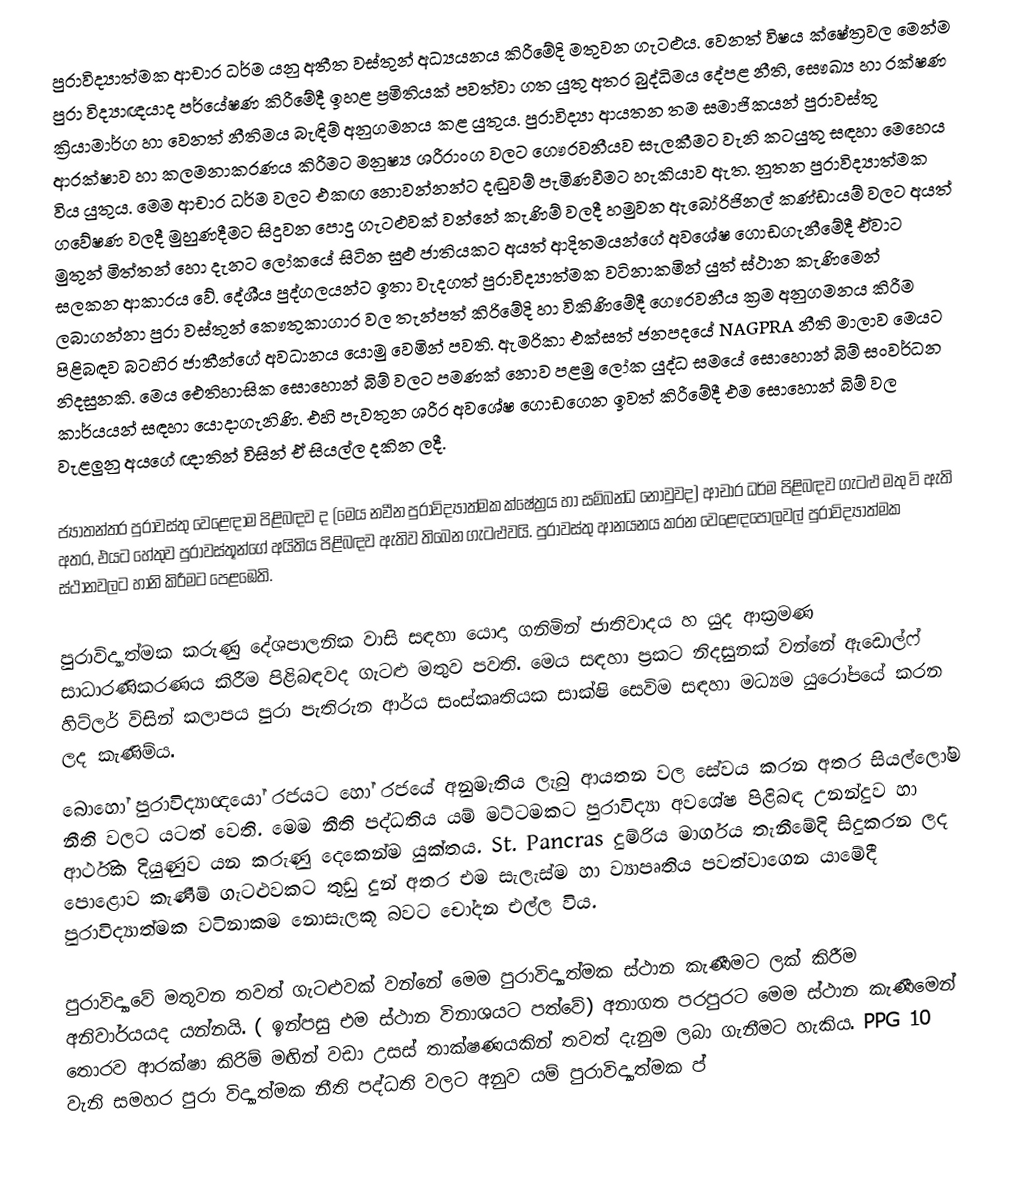
පුරාවිද්‍යාත්මක ආචාර ධර්ම යනු අතීත වස්තුන් අධ්‍යයනය කිරීමේදි මතුවන ගැටළුය. වෙනත් විෂය ක්ෂේත්‍රවල මෙන්ම පුරා විද්‍යාඥයාද පර්යේෂණ කිරීමේදී ඉහළ ප්‍රමිතියක් පවත්වා ගත යුතු අතර බුද්ධිමය දේපළ නීති, සෞඛ්‍ය හා රක්ෂණ ක්‍රියාමාර්ග හා වෙනත් නීතිමය බැඳිම් අනුගමනය කළ යුතුය. පුරාවිද්‍යා ආයතන තම සමාජිකයන් පුරාවස්තු ආරක්ෂාව හා කලමනාකරණය කිරීමට මනුෂ්‍ය ශරීරාංග වලට  ගෞරවනීයව සැලකීමට වැනි කටයුතු සඳහා මෙහෙය විය යුතුය. මෙම ආචාර ධර්ම වලට ‍එකඟ නොවන්නන්ට දඬුවම් පැමිණවීමට හැකියාව ඇත. නුතන පුරාවිද්‍යාත්මක ගවේෂණ වලදී මුහුණදීමට සිදුවන පොදු ගැටළුවක් වන්නේ කැණිම් වලදී හමුවන ඇබෝරිජිනල් කණ්ඩායම් වලට අයත් මුතුන් මිත්තන් හො දැනට ලෝකයේ සිටින සුළු ජාතියකට අයත් ආදිතමයන්ගේ අවශේෂ ගොඩගැනීමේදී ඒවාට සලකන ආකාරය වේ. දේශීය පුද්ගලයන්ට ඉතා වැදගත් පුරාවිද්‍යාත්මක වටිනාකමින් යුත් ස්ථාන කැණිමෙන් ලබාගන්නා පුරා වස්තුන් කෞතුකාගාර වල තැන්පත් කිරිමේදි හා විකිණිමේදී ගෞරවනීය ක්‍රම අනුගමනය කිරීම පිළිබඳව බටහිර ජාතීන්ගේ අවධානය යොමු වෙමින් පවති. ඇමරිකා එක්සත් ජනපදයේ NAGPRA නීති මාලාව මෙයට නිදසුනකි. මෙය ඓතිහාසික සොහොන් බිම් වලට පමණක් නොව පළමු ලෝක යුද්ධ සමයේ සොහොන් බිම් සංවර්ධන කාර්යයන් සඳහා යොදාගැනිණි. එහි පැවතුන ශරීර අවශේෂ ගොඩගෙන ඉවත් කිරීමේදී එම සොහොන් බිම් වල වැළලුනු අයගේ ඥාතින් විසින් ඒ සියල්ල දකින ලදී.

ජ්‍යාතන්තර පුරාවස්තු වෙළෙඳාම පිළිබඳව ද (මෙය නවීන පුරාවිද්‍යාත්මක ක්ෂේත්‍රය හා සම්බන්ධ නොවුවද) ආචාර ධර්ම පිළිබඳව ගැටළු මතු වි ඇති අතර, එයට හේතුව පුරාවස්තූන්ගේ අයිතිය පිළිබඳව ඇතිව තිබෙන ගැටළුවයි. පුරාවස්තු ආනයනය කරන වෙළෙඳපොලවල් පුරාවිද්‍යාත්මක ස්ථානවලට හානි කිරීමට පෙළඹෙති.

පුරාවිද්‍යාත්මක කරුණු දේශපාලනික වාසි සඳහා යොදා ගනිමින් ජාතිවාදය හ යුද ආක්‍රමණ සාධාරණිකරණය කිරීම පිළිබඳවද ගැටළු මතුව පවති. මෙය සඳහා ප්‍රකට නිදසුනක් වන්නේ ඇඩොල්ෆ් හිට්ලර් විසින් කලාපය පුරා පැතිරුන ආර්ය සංස්කෘතියක සාක්ෂි සෙවිම සඳහා මධ්‍යම යුරෝපයේ කරන ලද කැණිම්ය.
බොහෝ පුරාවිද්‍යාඥයෝ රජයට හෝ රජයේ අනුමැතිය ලැබු ආයතන වල සේවය කරන අතර සියල්ලෝම නීති වලට යටත් වෙති. මෙම නීති පද්ධතිය යම් මට්ටමකට පුරාවිද්‍යා අවශේෂ පිළිබඳ උනන්දුව හා ආර්ථික දියුණුව යන කරුණු දෙකෙන්ම යුක්තය. St. Pancras දුම්රිය මාර්ගය තැනීමේදි සිදුකරන ලද පොළොව කැණීම් ගැටළුවකට තුඩු දුන් අතර එම සැලැස්ම හා ව්‍යාපෘතිය පවත්වාගෙන යාමේදී පුරාවිද්‍යාත්මක වටිනාකම නොසැලකූ බවට චෝදන එල්ල විය.

පුරාවිද්‍යාවේ මතුවන තවත් ගැටළුවක් වන්නේ ‍මෙම පුරාවිද්‍යාත්මක ස්ථාන කැණීමට ලක් කිරීම අනිවාර්යයද යන්නයි. ( ඉන්පසු එම ස්ථාන විනාශයට පත්වේ) අනාගත පරපුරට මෙම ස්ථාන කැණීමෙන් තොරව ආරක්ෂා කිරිම් මඟින් වඩා උසස් තාක්ෂණයකින් තවත් දැනුම ලබා ගැනීමට හැකිය. PPG 10 වැනි සමහර පුරා විද්‍යාත්මක නීති පද්ධති වලට අනුව යම් පුරාවිද්‍යාත්මක ප්‍